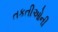
તકતીઓની